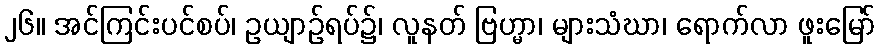
၂၆။ အင်ကြင်းပင်စပ်၊ ဥယျာဉ်ရပ်၌၊ လူနတ် ဗြဟ္မာ၊ များသံဃာ၊ ရောက်လာ ဖူးမြော်